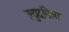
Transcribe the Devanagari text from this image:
ल्युदमिला